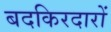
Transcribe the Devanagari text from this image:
बदकिरदारों